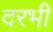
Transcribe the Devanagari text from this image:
दरभी